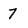
Character: 7